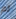
لم